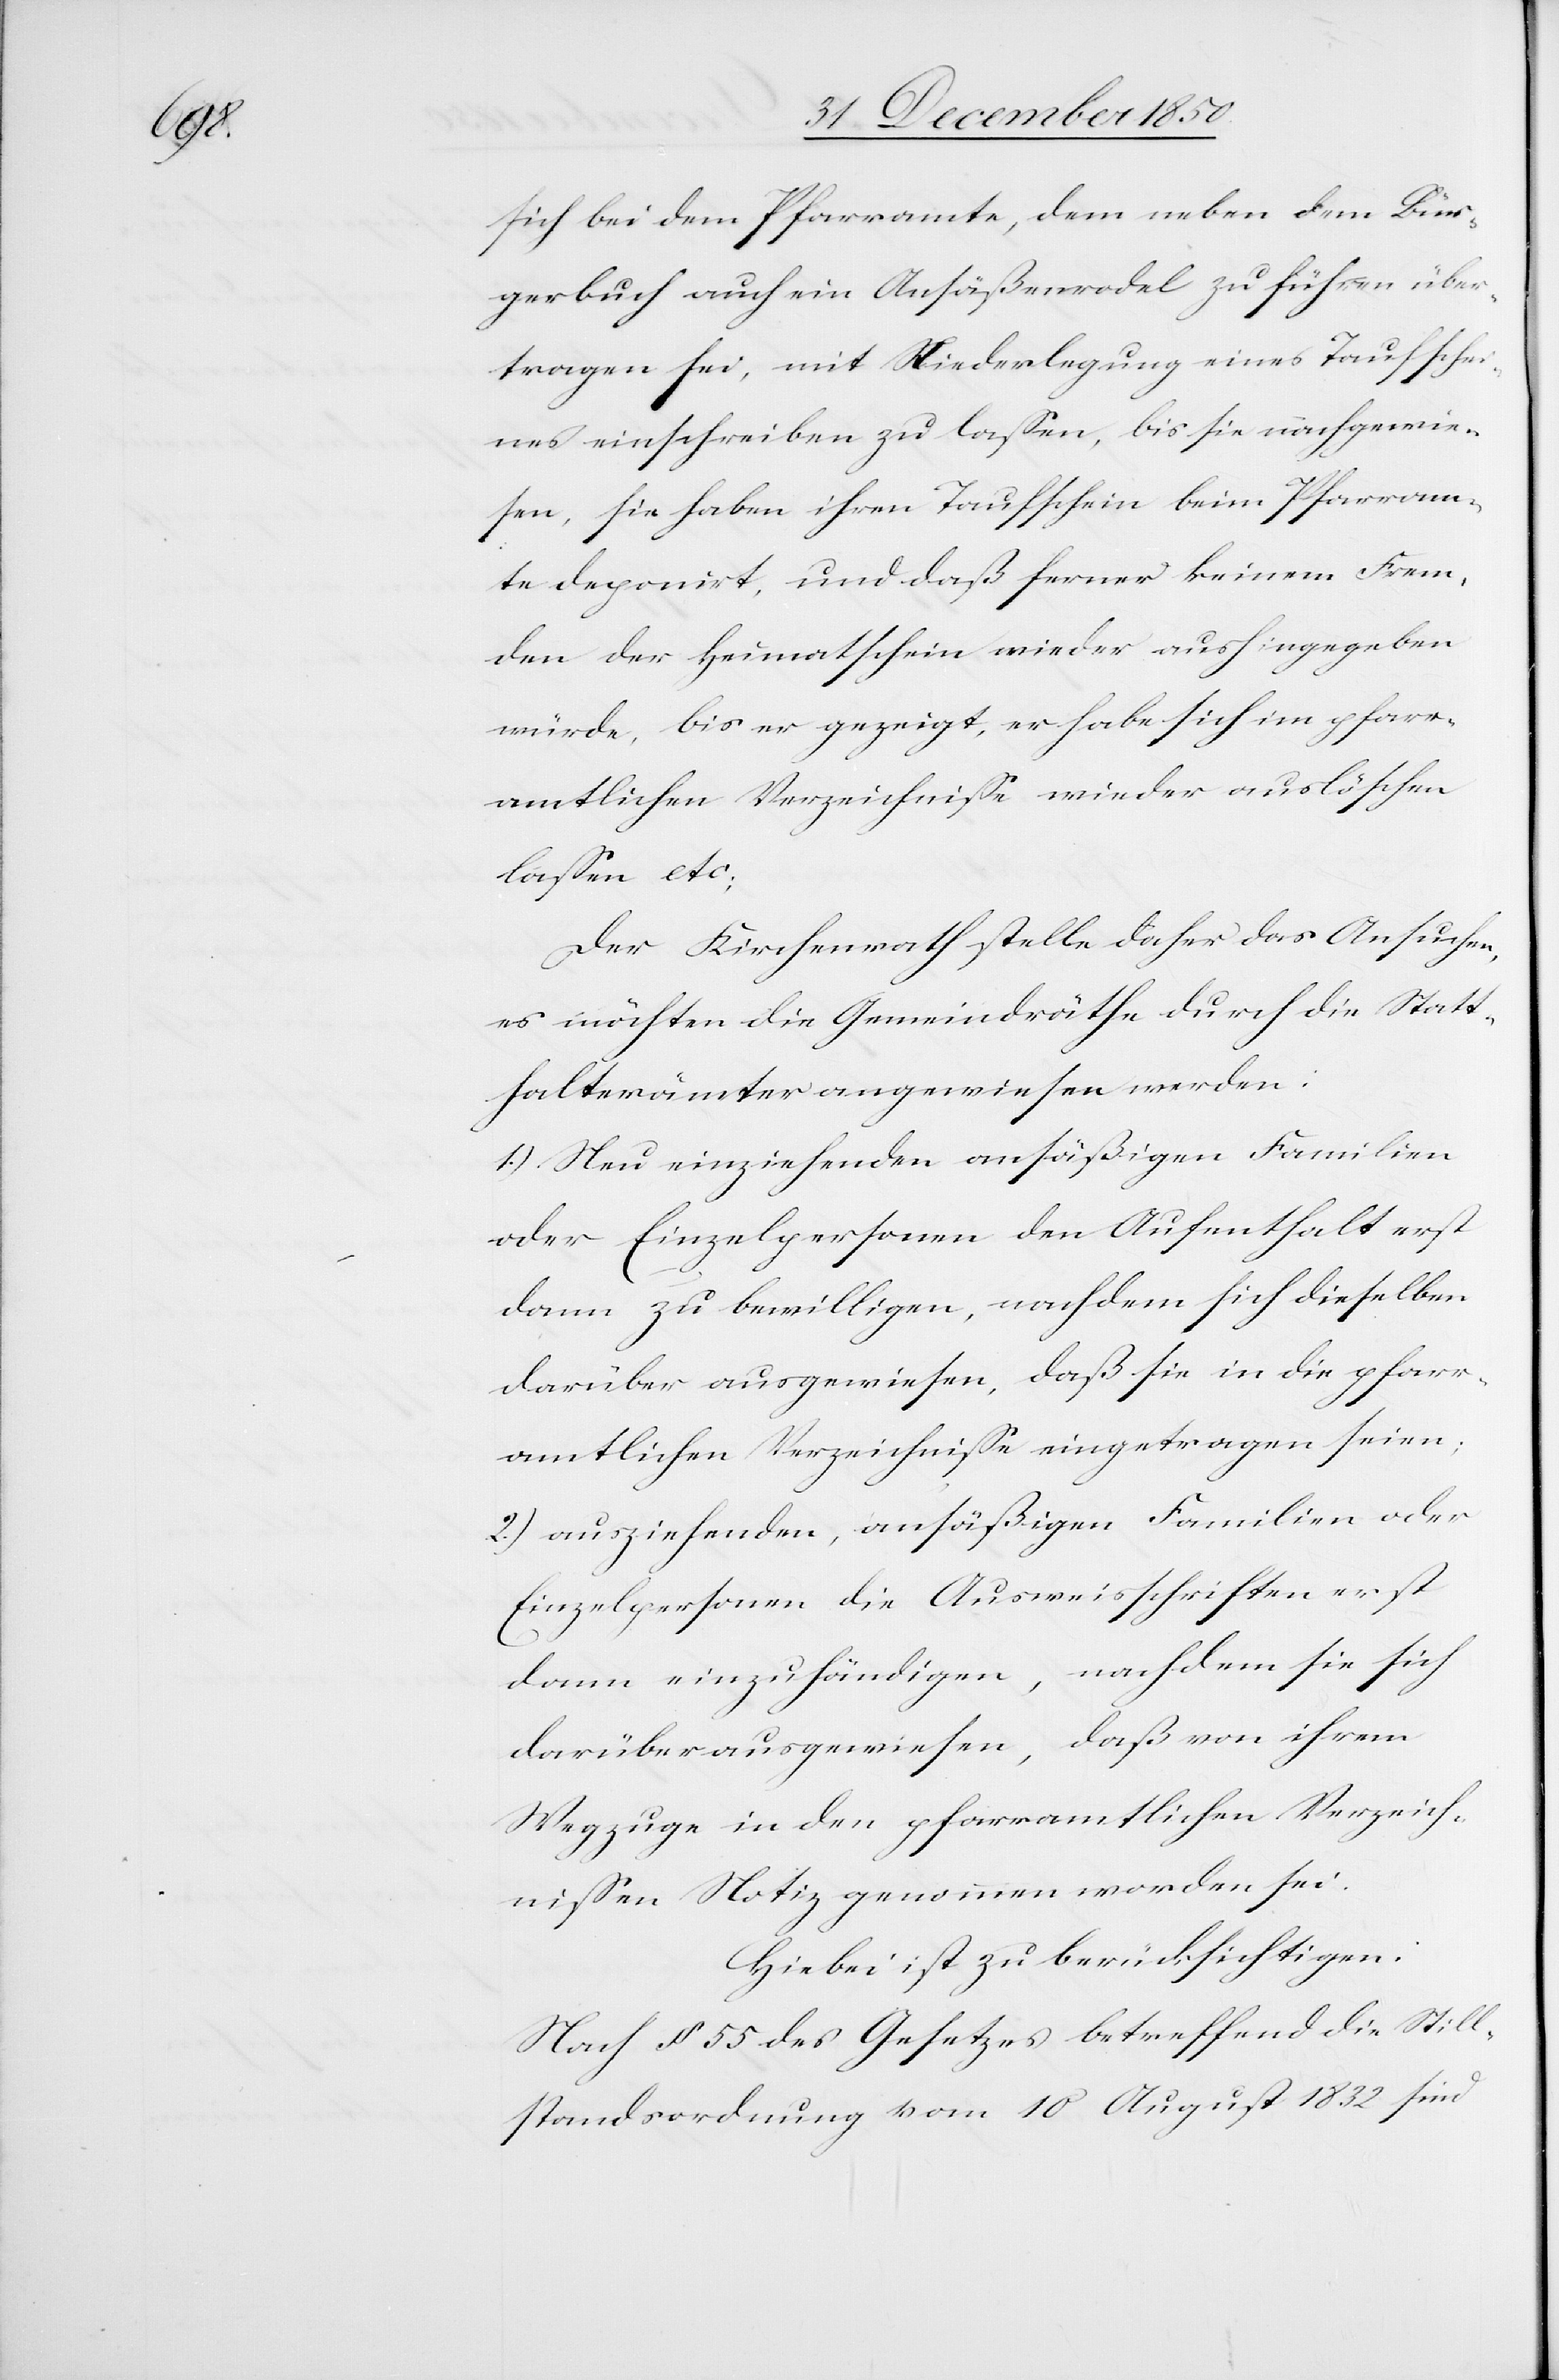
sich bei dem Pfarramte, dem neben dem Bür¬
gerbuch auch ein Ansäßenrodel zu führen über¬
tagen sei, mit Niederlegung eines Taufschei¬
nes einschreiben zu lassen, bis sie nachgewie¬
sen, sie haben ihren Taufschein beim Pfarram¬
te deponirt, und daß ferner keinem Frem¬
den der Heimatschein wieder aushingegeben
würde, bis er gezeigt, er habe sich im pfarr¬
amtlichen Verzeichnisse wieder auslöschen
lassen etc;
Der Kirchenrath stelle daher das Ansuchen,
es möchten die Gemeindräthe durch die Statt¬
halterämter angewiesen werden:
1.) Neu einziehenden ansäßigen Familien
oder Einzelpersonen den Aufenthalt erst
dann zu bewilligen, nachdem sich dieselben
darüber ausgewiesen, daß sie in die pfarr¬
amtlichen Verzeichnisse eingetragen seien;
2.) ausziehenden, ansäßigen Familien oder
Einzelpersonen die Ausweisschriften erst
dann einzuhändigen, nachdem sie sich
darüber ausgewiesen, daß von ihrem
Wegzuge in den pfarramtlichen Verzeich¬
nissen Notiz genommen worden sei.
Hiebei ist zu berücksichtigen:
Nach § 55 des Gesetzes betreffend die Still¬
standsordnung vom 10 August 1832 sind